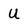
Character: U